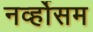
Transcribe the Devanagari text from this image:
नर्व्होसम